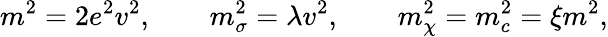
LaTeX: m^{2}=2e^{2}v^{2},\qquad m_{\sigma}^{2}=\lambda v^{2},\qquad m_{\chi}^{2}=m_{c}^{2}=\xi m^{2},